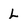
Character: l